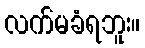
လက်မခံရဘူး။